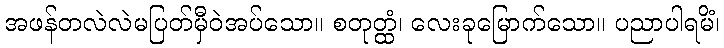
အဖန်တလဲလဲမပြတ်မှီဝဲအပ်သော။ စတုတ္ထံ၊ လေးခုမြောက်သော။ ပညာပါရမိံ၊